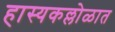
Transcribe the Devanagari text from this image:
हास्यकल्लोळात